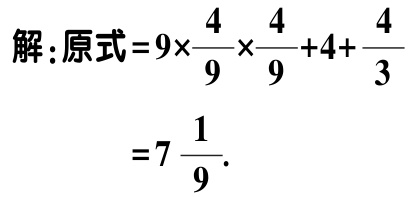
解：原式\(=9\times\frac{4}{9}\times\frac{4}{9}+4+\frac{4}{3}\)
\(=7\frac{1}{9}\).